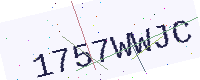
Text: 1757WWJC